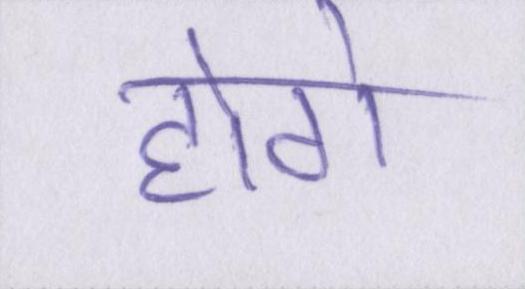
होगे